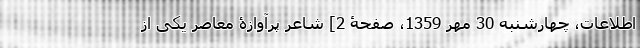
اطلاعات، چهارشنبه 30 مهر 1359، صفحۀ 2] شاعر پُرآوازۀ معاصر یکی از